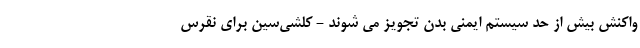
واکنش بیش از حد سیستم ایمنی بدن تجویز می شوند - کلشی‌سین برای نقرس